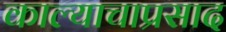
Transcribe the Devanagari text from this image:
काल्याचाप्रसाद